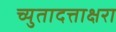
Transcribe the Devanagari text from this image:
च्युतादत्ताक्षरा